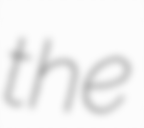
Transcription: the